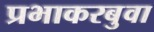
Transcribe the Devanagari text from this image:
प्रभाकरबुवा